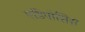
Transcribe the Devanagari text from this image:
एडिपोसिस